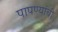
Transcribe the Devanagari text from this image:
पापण्यांची